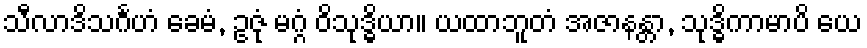
သီလာဒိသင်္ဂဟံ ခေမံ, ဥဇုံ မဂ္ဂံ ဝိသုဒ္ဓိယာ။ ယထာဘူတံ အဇာနန္တာ, သုဒ္ဓိကာမာပိ ယေ